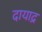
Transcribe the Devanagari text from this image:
दायाद्र